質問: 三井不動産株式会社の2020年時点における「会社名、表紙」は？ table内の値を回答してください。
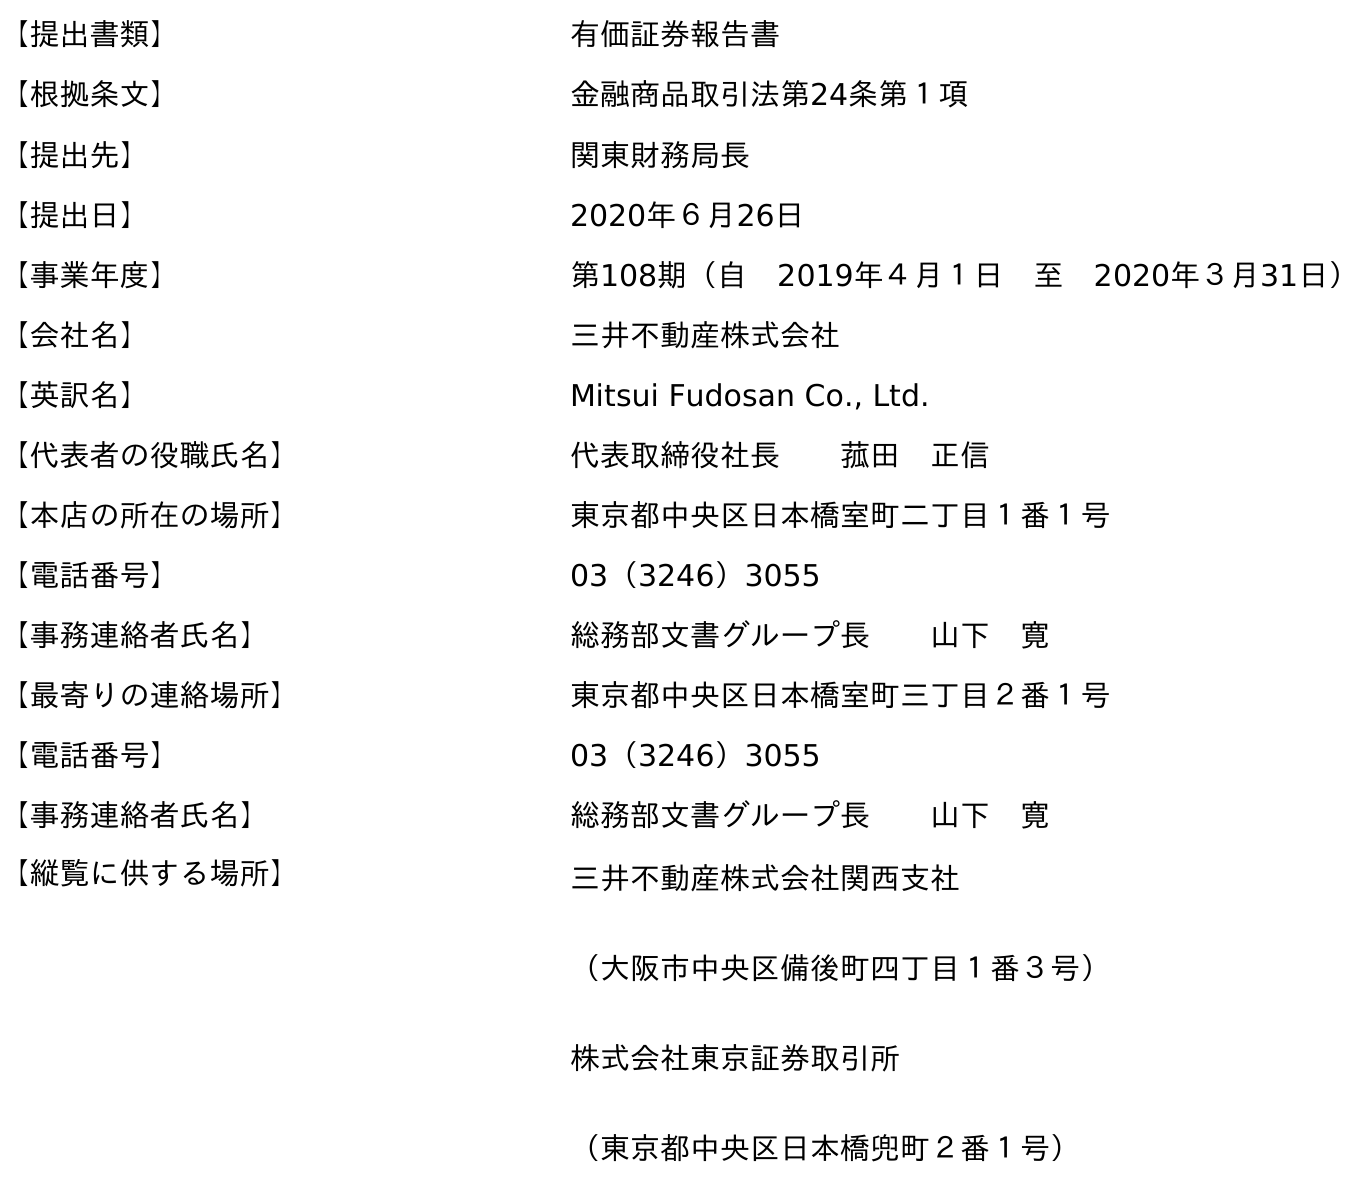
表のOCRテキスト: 【提出書類】 有価証券報告書 【根拠条文】 金融商品取引法第24条第１項 【提出先】 関東財務局長 【提出日】 2020年６月26日 【事業年度】 第108期（自 2019年４月１日 至 2020年３月31日） 【会社名】 三井不動産株式会社 【英訳名】 Mitsui Fudosan Co., Ltd. 【代表者の役職氏名】 代表取締役社長  菰田 正信 【本店の所在の場所】 東京都中央区日本橋室町二丁目１番１号 【電話番号】 03（3246）3055 【事務連絡者氏名】 総務部文書グループ長  山下 寛 【最寄りの連絡場所】 東京都中央区日本橋室町三丁目２番１号 【電話番号】 03（3246）3055 【事務連絡者氏名】 総務部文書グループ長  山下 寛 【縦覧に供する場所】 三井不動産株式会社関西支社 （大阪市中央区備後町四丁目１番３号） 株式会社東京証券取引所 （東京都中央区日本橋兜町２番１号）
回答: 三井不動産株式会社